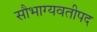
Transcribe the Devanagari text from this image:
सौभाग्यवतीपद